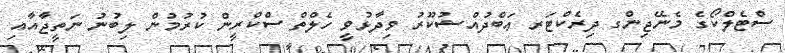
ސްޓެލްކޯގެ މެނޭޖިންގ ދިރެކްޓަރ ޢަބްދުއްޝުކޫރު ވިދާޅުވީ ހެލްތް ސްކްރީން ކުރުމުން ލިބުނު ނަތީޖާއާއި